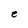
Character: e